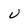
Character: u